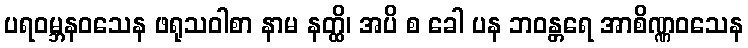
ပရဝမ္ဘနဝသေန ဖရုသဝါစာ နာမ နတ္ထိ၊ အပိ စ ခေါ ပန ဘဝန္တရေ အာစိဏ္ဏဝသေန